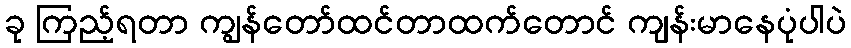
ခု ကြည့်ရတာ ကျွန်တော်ထင်တာထက်တောင် ကျန်းမာနေပုံပါပဲ